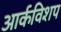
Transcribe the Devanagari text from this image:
आर्कविशप